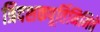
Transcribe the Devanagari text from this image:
त्रिदशकपूर्तिनिमित्ते